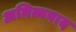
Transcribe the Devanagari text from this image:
अनित्यवाद